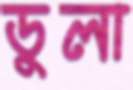
ডুলা